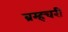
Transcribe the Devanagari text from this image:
ब्रम्हचरी